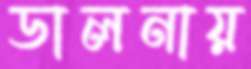
ডালনায়